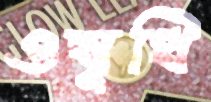
ওষুধি